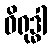
ဝိရုဒ္ဓါ